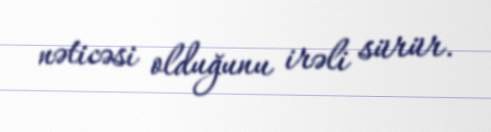
nəticəsi olduğunu irəli sürür.